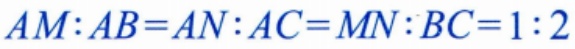
$AM:AB = AN:AC = MN:BC=1:2$